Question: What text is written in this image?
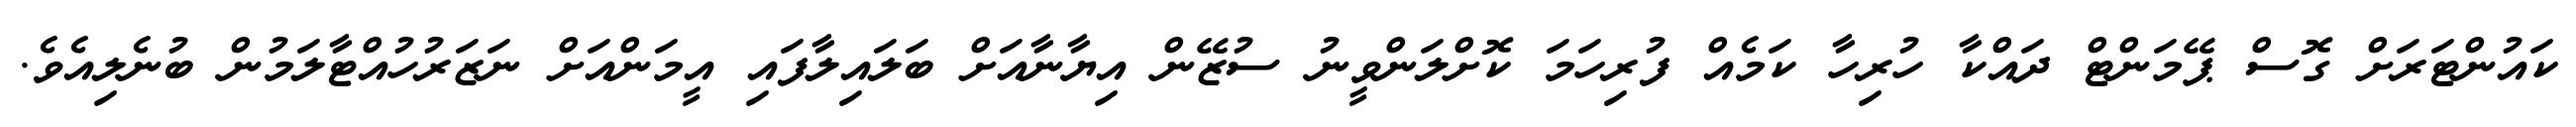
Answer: ކައުންޓަރަށް ގޮސް ޕޭމަންޓް ދައްކާ ހުރިހާ ކަމެއް ފުރިހަމަ ކޮށްލަންވީނު ސުޒޭން އިޔާނާއަށް ބަލައިލާފައި އީމަންއަށް ނަޒަރުހުއްޓާލަމުން ބުނެލިއެވެ.